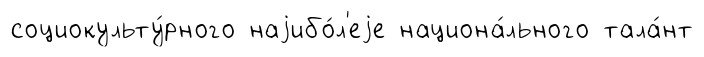
социокульту́рного наjибо́л'еjе национа́льного тала́нт